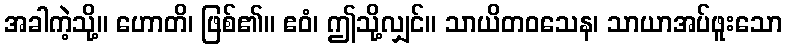
အခါကဲ့သို့။ ဟောတိ၊ ဖြစ်၏။ ဧဝံ၊ ဤသို့လျှင်။ သာယိတဝသေန၊ သာယာအပ်ဖူးသော